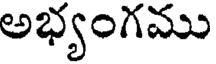
అభ్యంగము